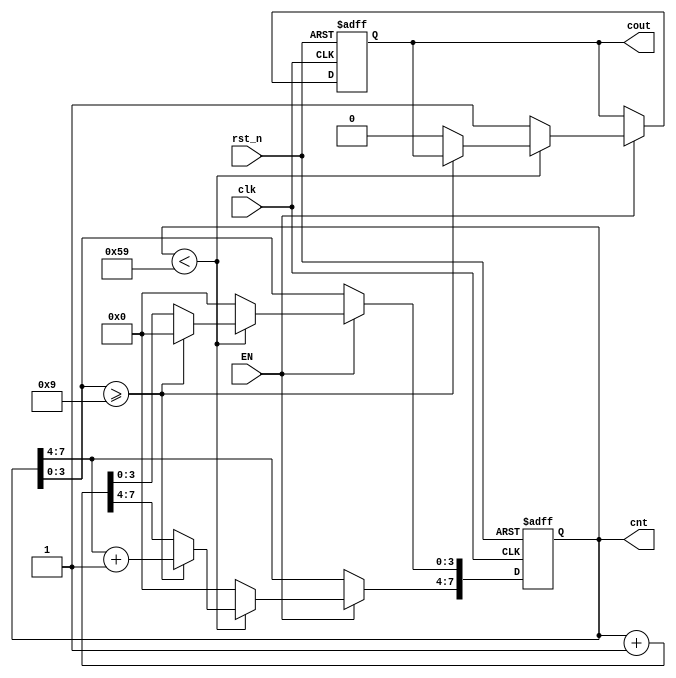
module Counter60_yu(rst_n,clk,EN,cout,cnt);
	input	rst_n; 
   input	clk; 
	input	EN;
   output reg  cout;
   output reg[7:0]  cnt;
	always@(posedge clk or negedge rst_n)
	begin 
		if(!rst_n)
			begin
			cnt<=1'b0;            
			cout<=1'b0;
			end
		else if(EN)
		begin
			if(cnt<8'b1011001)
			begin
				if(cnt[3:0]>=4'd9)
				begin 
					cnt[3:0]<=1'b0;
					cnt[7:4]<=cnt[7:4]+1'b1;    
				end
				else
				begin 
					cnt<=cnt+1'b1;
					cout<=1'b0;
				end 
			end
		else 
			begin
			cnt<=1'b0;
			cout<=1'b1;
			end
		end
	end 
endmodule